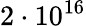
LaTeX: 2\cdot 10^{16}